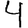
Digit: 4